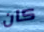
كان